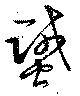
蠈